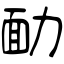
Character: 勔